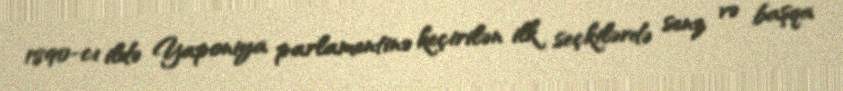
1890-cı ildə Yaponiya parlamentinə keçirilən ilk seçkilərdə senz və başqa